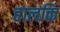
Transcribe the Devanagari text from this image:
हालकिं